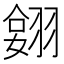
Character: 𦑔